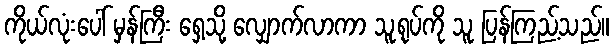
ကိုယ်လုံးပေါ် မှန်ကြီး ရှေ့သို့ လျှောက်လာကာ သူ့ရုပ်ကို သူ ပြန်ကြည့်သည်။